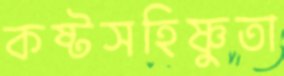
কষ্টসহিষ্ণুতা